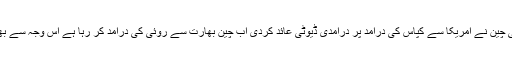
بین الاقوامی کپاس منڈیوں میں مجموعی طورپر تیزی رہی چین نے امریکا سے کپاس کی درآمد پر درآمدی ڈیوٹی عائد کردی اب چین بھارت سے روئی کی درآمد کر رہا ہے اس وجہ سے بھارت میں روئی کے بھاؤ میں اضافہ کا رجحان دیکھا گیا۔